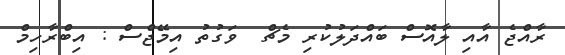
ރާއްޖެ އާއި ލާއޮސް ބައްދަލުކުރި މެޗް  ވަގުތު އިމޭޖްސް : އިބްރާހިމް